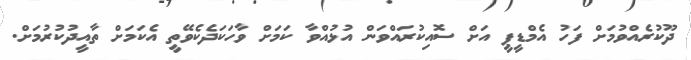
ދޫކުރެއްވުމަށް ފަހު އެމްޑީޕީ އަށް ސޮއިކުރައްވަން އުޅުއްވާ ކަމަށް ވާހަކަދެކެވޭތީ އެކަމަށް ތާއީދުކުރުމަށް.